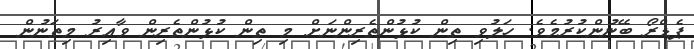
ޕެޑްރޯ ބޭނުންކުރުމެވެ. ހަލުވި ތިން ކުޅުންތެރިންނަށް މި ތިން ކުޅުންތެރިން ވާއިރު މިތަނުން